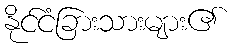
နိုင်ငံခြားသားများ၏